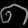
Digit: ၈